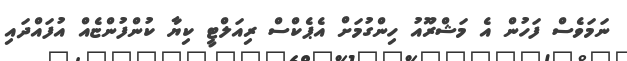
ނަމަވެސް ފަހުން އެ މަޝްރޫއު ހިންގުމަށް އެޕެކްސް ރިއަލްޓީ ކިޔާ ކުންފުންޏެއް އުފައްދައި